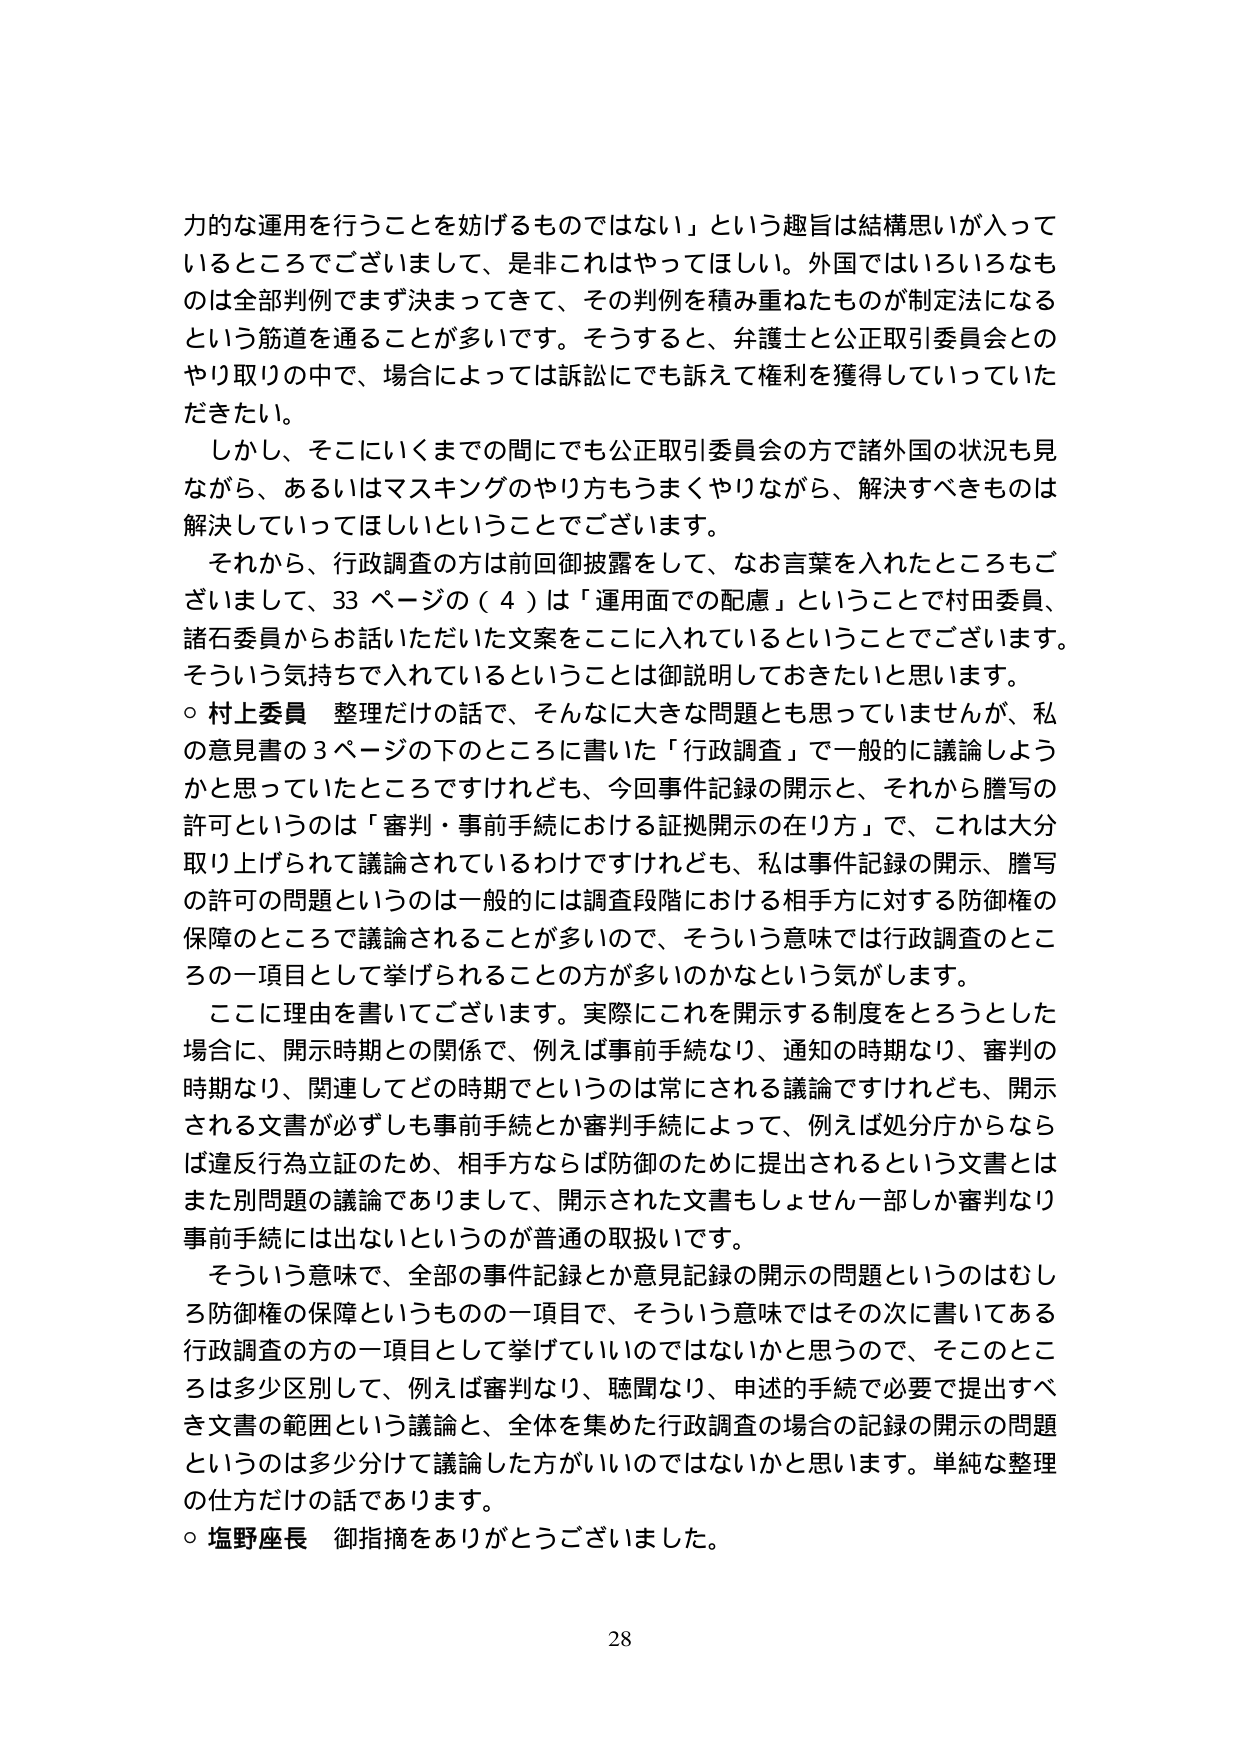
力的な運用を行うことを妨げるものではない」という趣旨は結構思いが入っているところでございまして、是非これではやってほしい。外国ではいろいろなものは全部判例でまず決まってきて、その判例を積み重ねたものが制定法になるという筋道を通ることが多いです。そうすると、弁護士と公正取引委員会とのやり取りの中で、場合によっては訴訟にでも訴えて権利を獲得していっていただきたい。

しかし、そこにいくまでの間にも公正取引委員会の方で諸外国の状況も見ながら、あるいはマスキングのやり方もうまくやりながら、解決すべきものは解決していってほしいということでございます。

それから、行政調査の方は前回御披露をして、なお言葉を入れたところもございまして、33 ページの（4）は「運用面での配慮」ということで村田委員、諸石委員からお話いただいた文案をここに入れているということでございます。そういう気持ちで入れているということは御説明しておきたいと思います。

○ 村上委員 整理だけの話で、そんなに大きな問題とも思っていませんが、私の意見書の3ページの下のところに書いた「行政調査」で一般的に議論しようかと思っていたところですけれども、今回事件記録の開示と、それから謄写の許可というのは「審判・事前手続における証拠開示の在り方」で、これは大分取り上げられて議論されているわけですけれども、私は事件記録の開示、謄写の許可の問題というのは一般的には調査段階における相手方に対する防御権の保障のところで議論されることが多いので、そういう意味では行政調査のところの一項目として挙げられることの方が多くのかなという気がします。

ここに理由を書いてございます。実際にこれを開示する制度をとろうとした場合に、開示時期との関係で、例えば事前手続なり、通知の時期なり、審判の時期なり、関連してどの時期でというのは常にされる議論ですけれども、開示される文書が必ずしも事前手続とか審判手続によって、例えば処分庁からならば違反行為立証のため、相手方ならば防御のために提出されるという文書とはまた別問題の議論でありまして、開示された文書もしそれ一部しか審判なり事前手続には出ないというのが普通の取扱いです。

そういう意味で、全部の事件記録とか意見記録の開示の問題というのはむしろ防御権の保障というものの一項目で、そういう意味ではその次に書いてある行政調査の方の一項目として挙げていいのではないかと思うので、そこのところは多少区別して、例えば審判なり、聴聞なり、申述の手続で必要で提出すべき文書の範囲という議論と、全体を集めた行政調査の場合の記録の開示の問題というのは多少分けて議論した方がいいのではないかと思います。単純な整理の仕方だけの話であります。

○ 塩野座長 御指摘をありがとうございました。

28